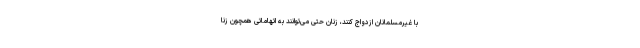
با غیرمسلمانان ازدواج کنند، زنان حتی می‌توانند به اتهاماتی همچون زنا